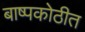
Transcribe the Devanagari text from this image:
बाष्पकोठीत